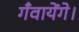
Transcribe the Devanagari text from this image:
गँवायेंगे।